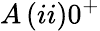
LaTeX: A\, (ii)0^{+}